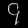
Digit: ၄